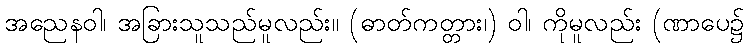
အညေနဝါ၊ အခြားသူသည်မူလည်း။ (ဓာတ်ကတ္တား၊) ဝါ၊ ကိုမူလည်း (ဏာပေ၌